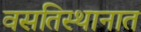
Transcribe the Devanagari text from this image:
वसतिस्थानात